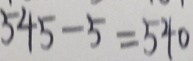
5 4 5 - 5 = 5 4 0